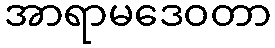
အာရာမဒေဝတာ